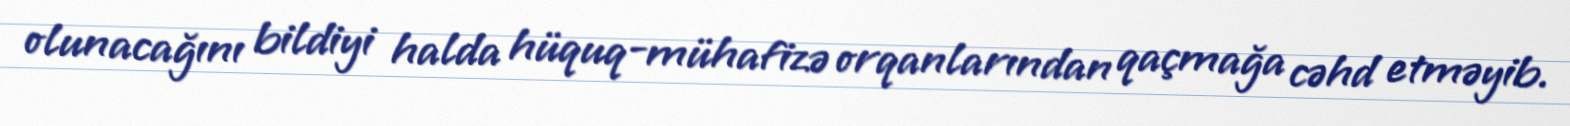
olunacağını bildiyi halda hüquq-mühafizə orqanlarından qaçmağa cəhd etməyib.